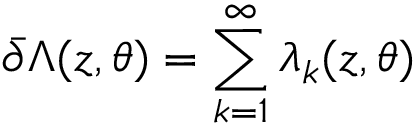
\bar { \partial } \Lambda ( z , \theta ) = \sum _ { k = 1 } ^ { \infty } \lambda _ { k } ( z , \theta )